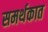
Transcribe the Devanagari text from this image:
समर्थकात